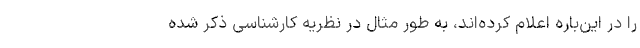
را در این‌باره اعلام کرده‌اند، به طور مثال در نظریه کارشناسی ذکر شده